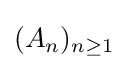
(A_{n})_{n\geq 1}